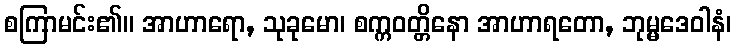
စကြာမင်း၏။ အာဟာရော, သုခုမော၊ စက္ကဝတ္တိနော အာဟာရတော, ဘုမ္မဒေဝါနံ၊